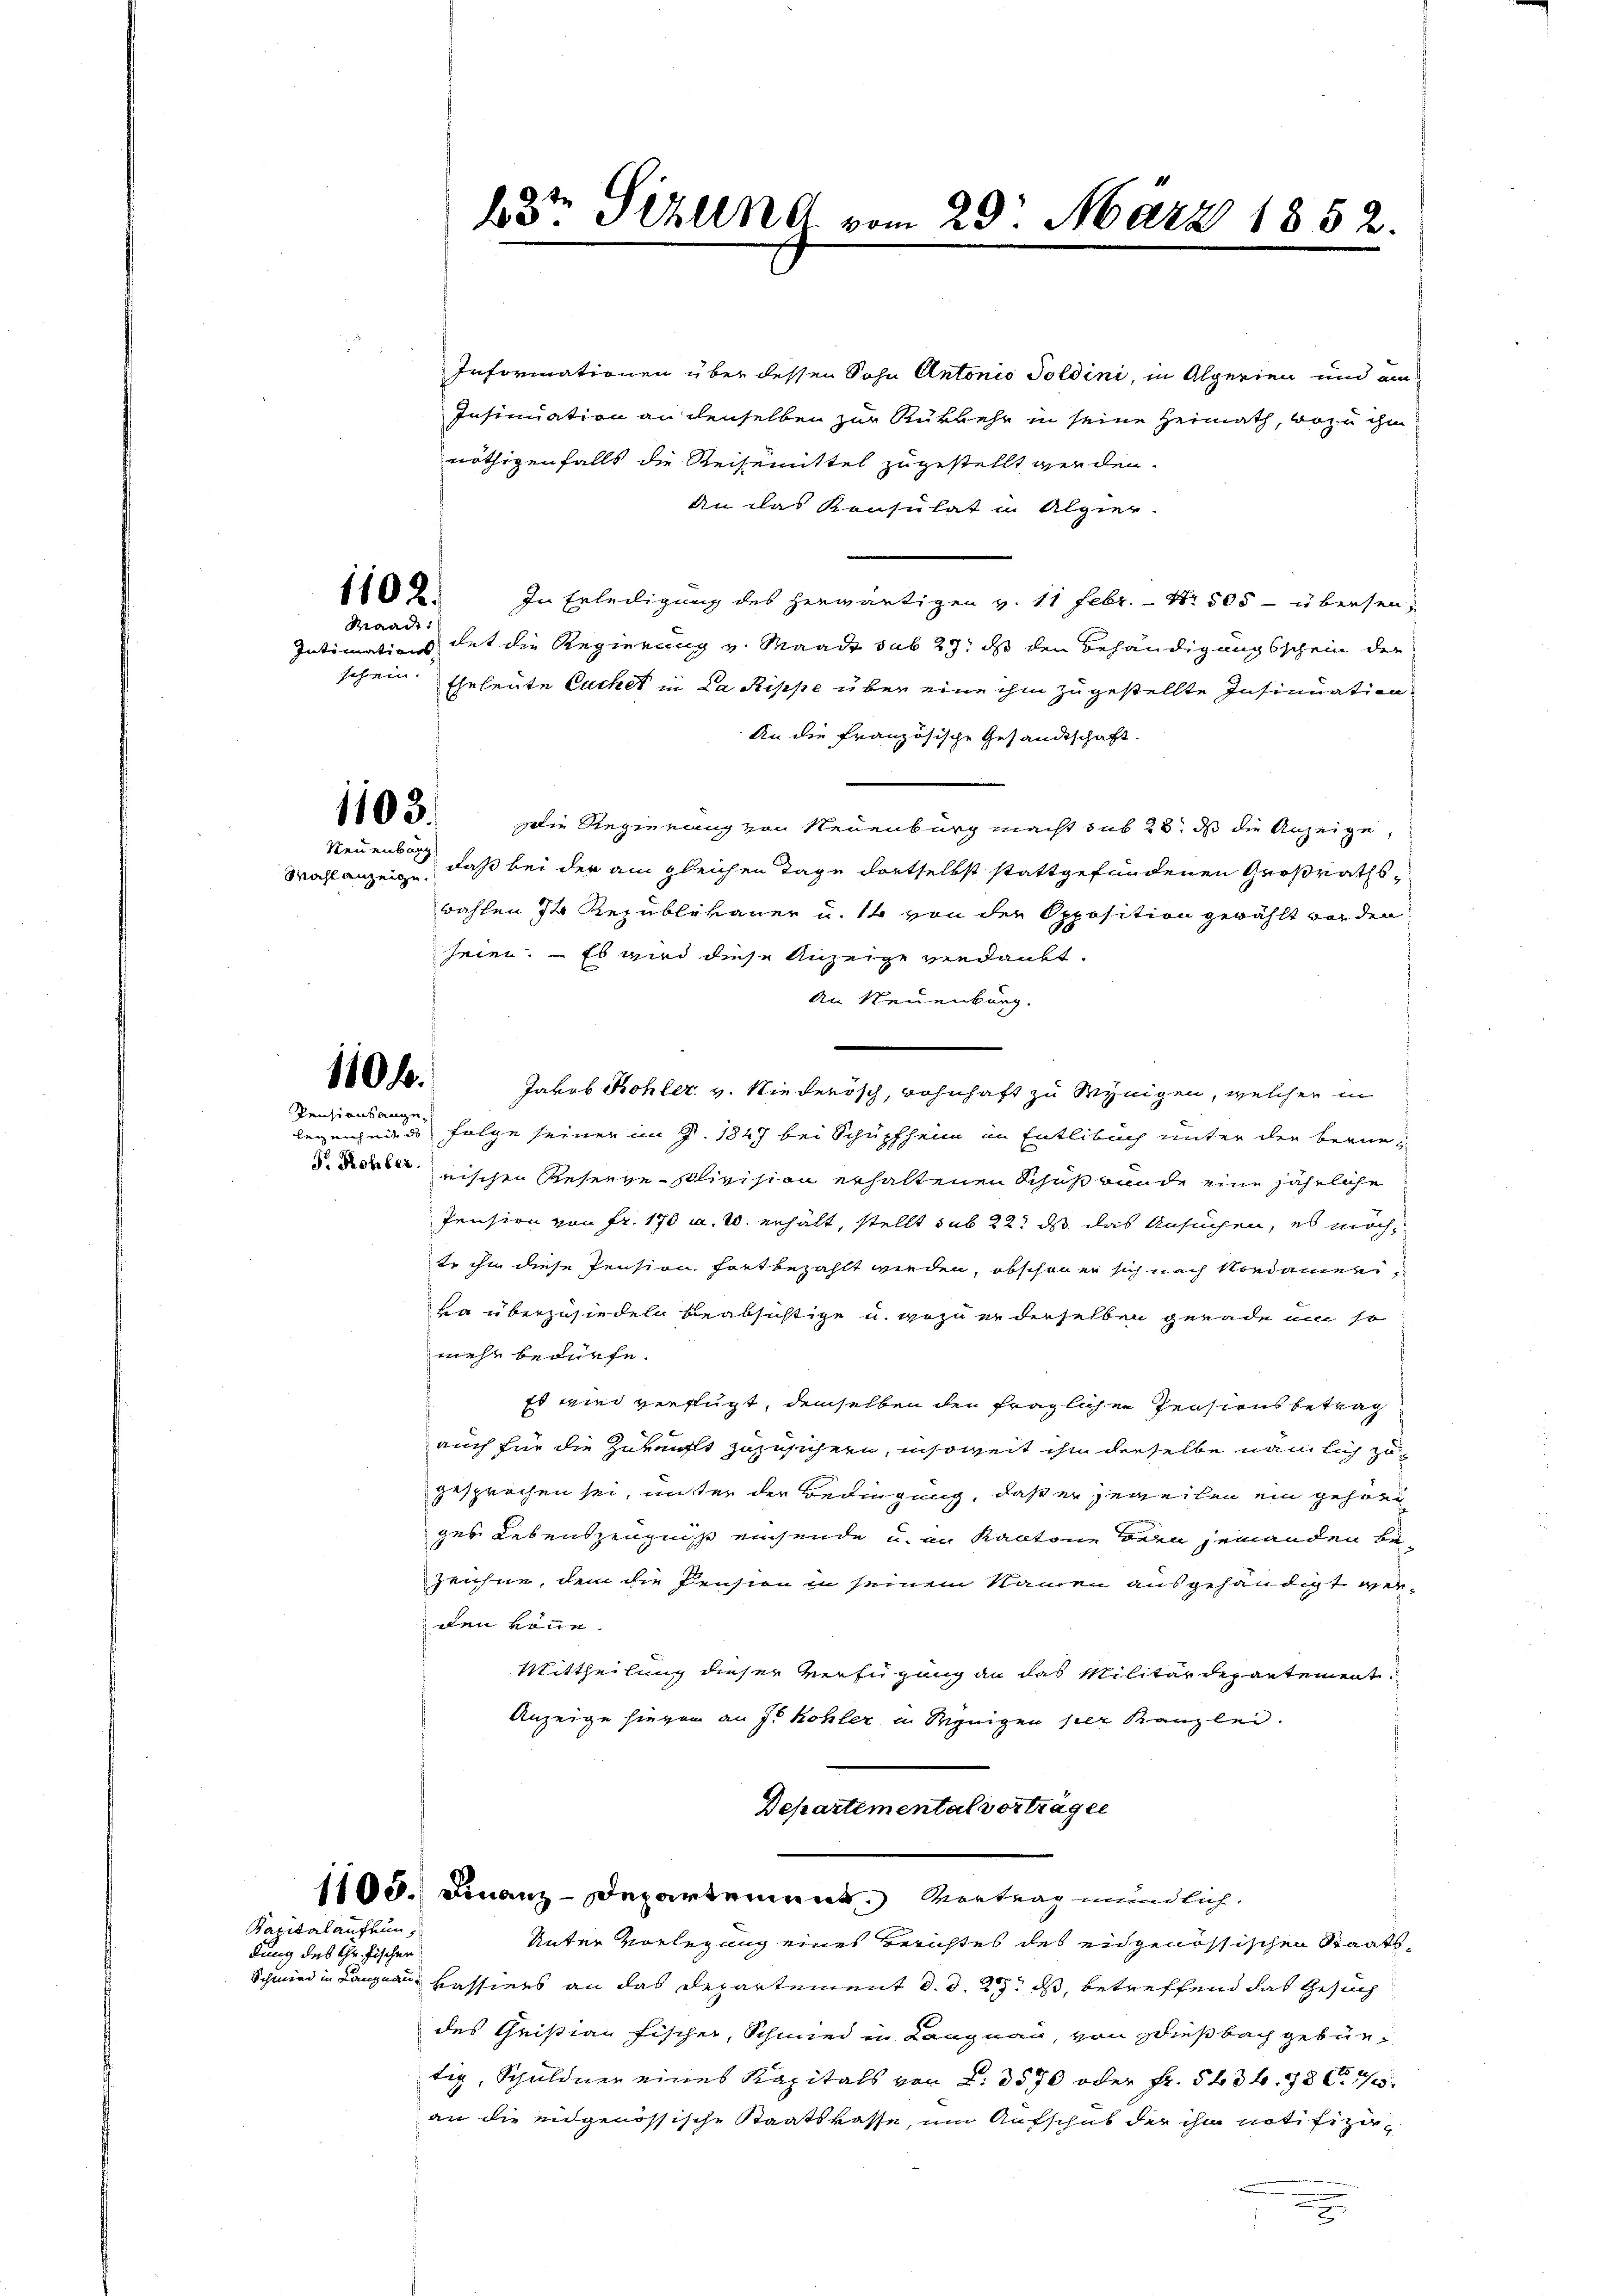
1102.
Waadt:
Intimations-

schrein.

1103.

Neuenburg

1104.
Pensionsange¬

d. Rehler.

Kapitalaufkündung des Chr. Fischer

b3t Sizund vom 29. März 1852.

Informationen über dessen Sohn Antonio Soldini, in Alperien und um¬
Insinuation an denselben zur Rükkehr in seine Heimath, wozu ihm
nöthigenfalls die Reisemittel zugestellt werden.
An das Konsulat in Algier.
In Erledigung des herwärtigen v. 11 Febr. - Nr. 505 - übersen-
det die Regierung v. Waadt sub 27. ds den Behändigungsschein der
Eheleute Suchet in La Rippe über eine ihm zugestellte Insinuation
An die französische Gesandtschaft.
Die Regierung von Neuenburg macht sub 28. ds die Anzeige,
Machlanzen, daß bei der am gleichen Tage dortselbst stattgefundenen Großrathswahlen 74 Republikaner u. 14 von der Opposition gewählt worden,
heien. — Es wird diese Anzeige verdankt.
An Neuenburg.
Jakob Bohler v. Niederisch, wohnhaft zu Wynigen, welcher in
legen jeder Folge seiner im G. 1847 bei Schüpfheim in Entlebuch unter der bernenischen Reseege civision erhaltenen Schuß bunde eine jährliche
Pension von Fr. 170 a. W. erhält, stellt sub 22. ds das Ansuchen, es möchte ihm diese Pension fortbezahlt werden, obschon er sich nach Nordameriva überzusiedeln beabsichtige u. wozu er derselben gerade um so
mehr bedürfe.
Es wird verfügt, demselben den fraglichen Pensions betrag
auch für die Zukunft zuzusichern, insoweit ihm derselbe nämlich zu
gesprochen sei, unter der Bedingung, daß er jeweilen ein gehöri
ges Lebenszeugnis einsende u. in Kantone bern jemanden bezeichne, dem die Pension in seinem Namen ausgehändigt werden könne.
Mittheilung dieser Verfügung an das Militärdepartement.
Anzeige hievon an J. Kohler in Wenigen ser Kanzlei.
Departemental vorträgen
1105. Finanz-Departement. Vertrag mündlich.
Unter Vorlegung eines Berichtes des eidgenössischen Staats¬
Schmied in Langnau, Kassiers an das Departement d. d. 23. ds, betreffend das Gesuch
des Quistian Fischer, Schmied in Langnau, von Wiesbach gebürtig, Schuldner eines Kapitals von 2. 3570 oder Fr. 563 f. 78 C 1/5.
an die eidgenössische Staatskasse, um Aufschub der ihn notifizie¬